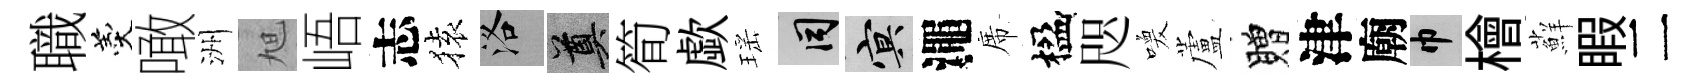
職羹噉洲旭峿志𫞤洛奠筍歔瑶间冥澠席楹咫喚蘆贈津廟巾檜蘚睱二